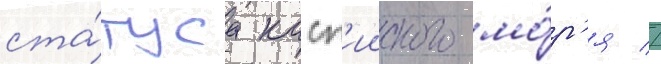
ста́туса касп'ииского мо́р'я //